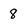
Character: 8